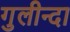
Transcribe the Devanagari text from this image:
गुलीन्दा